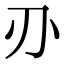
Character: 刅